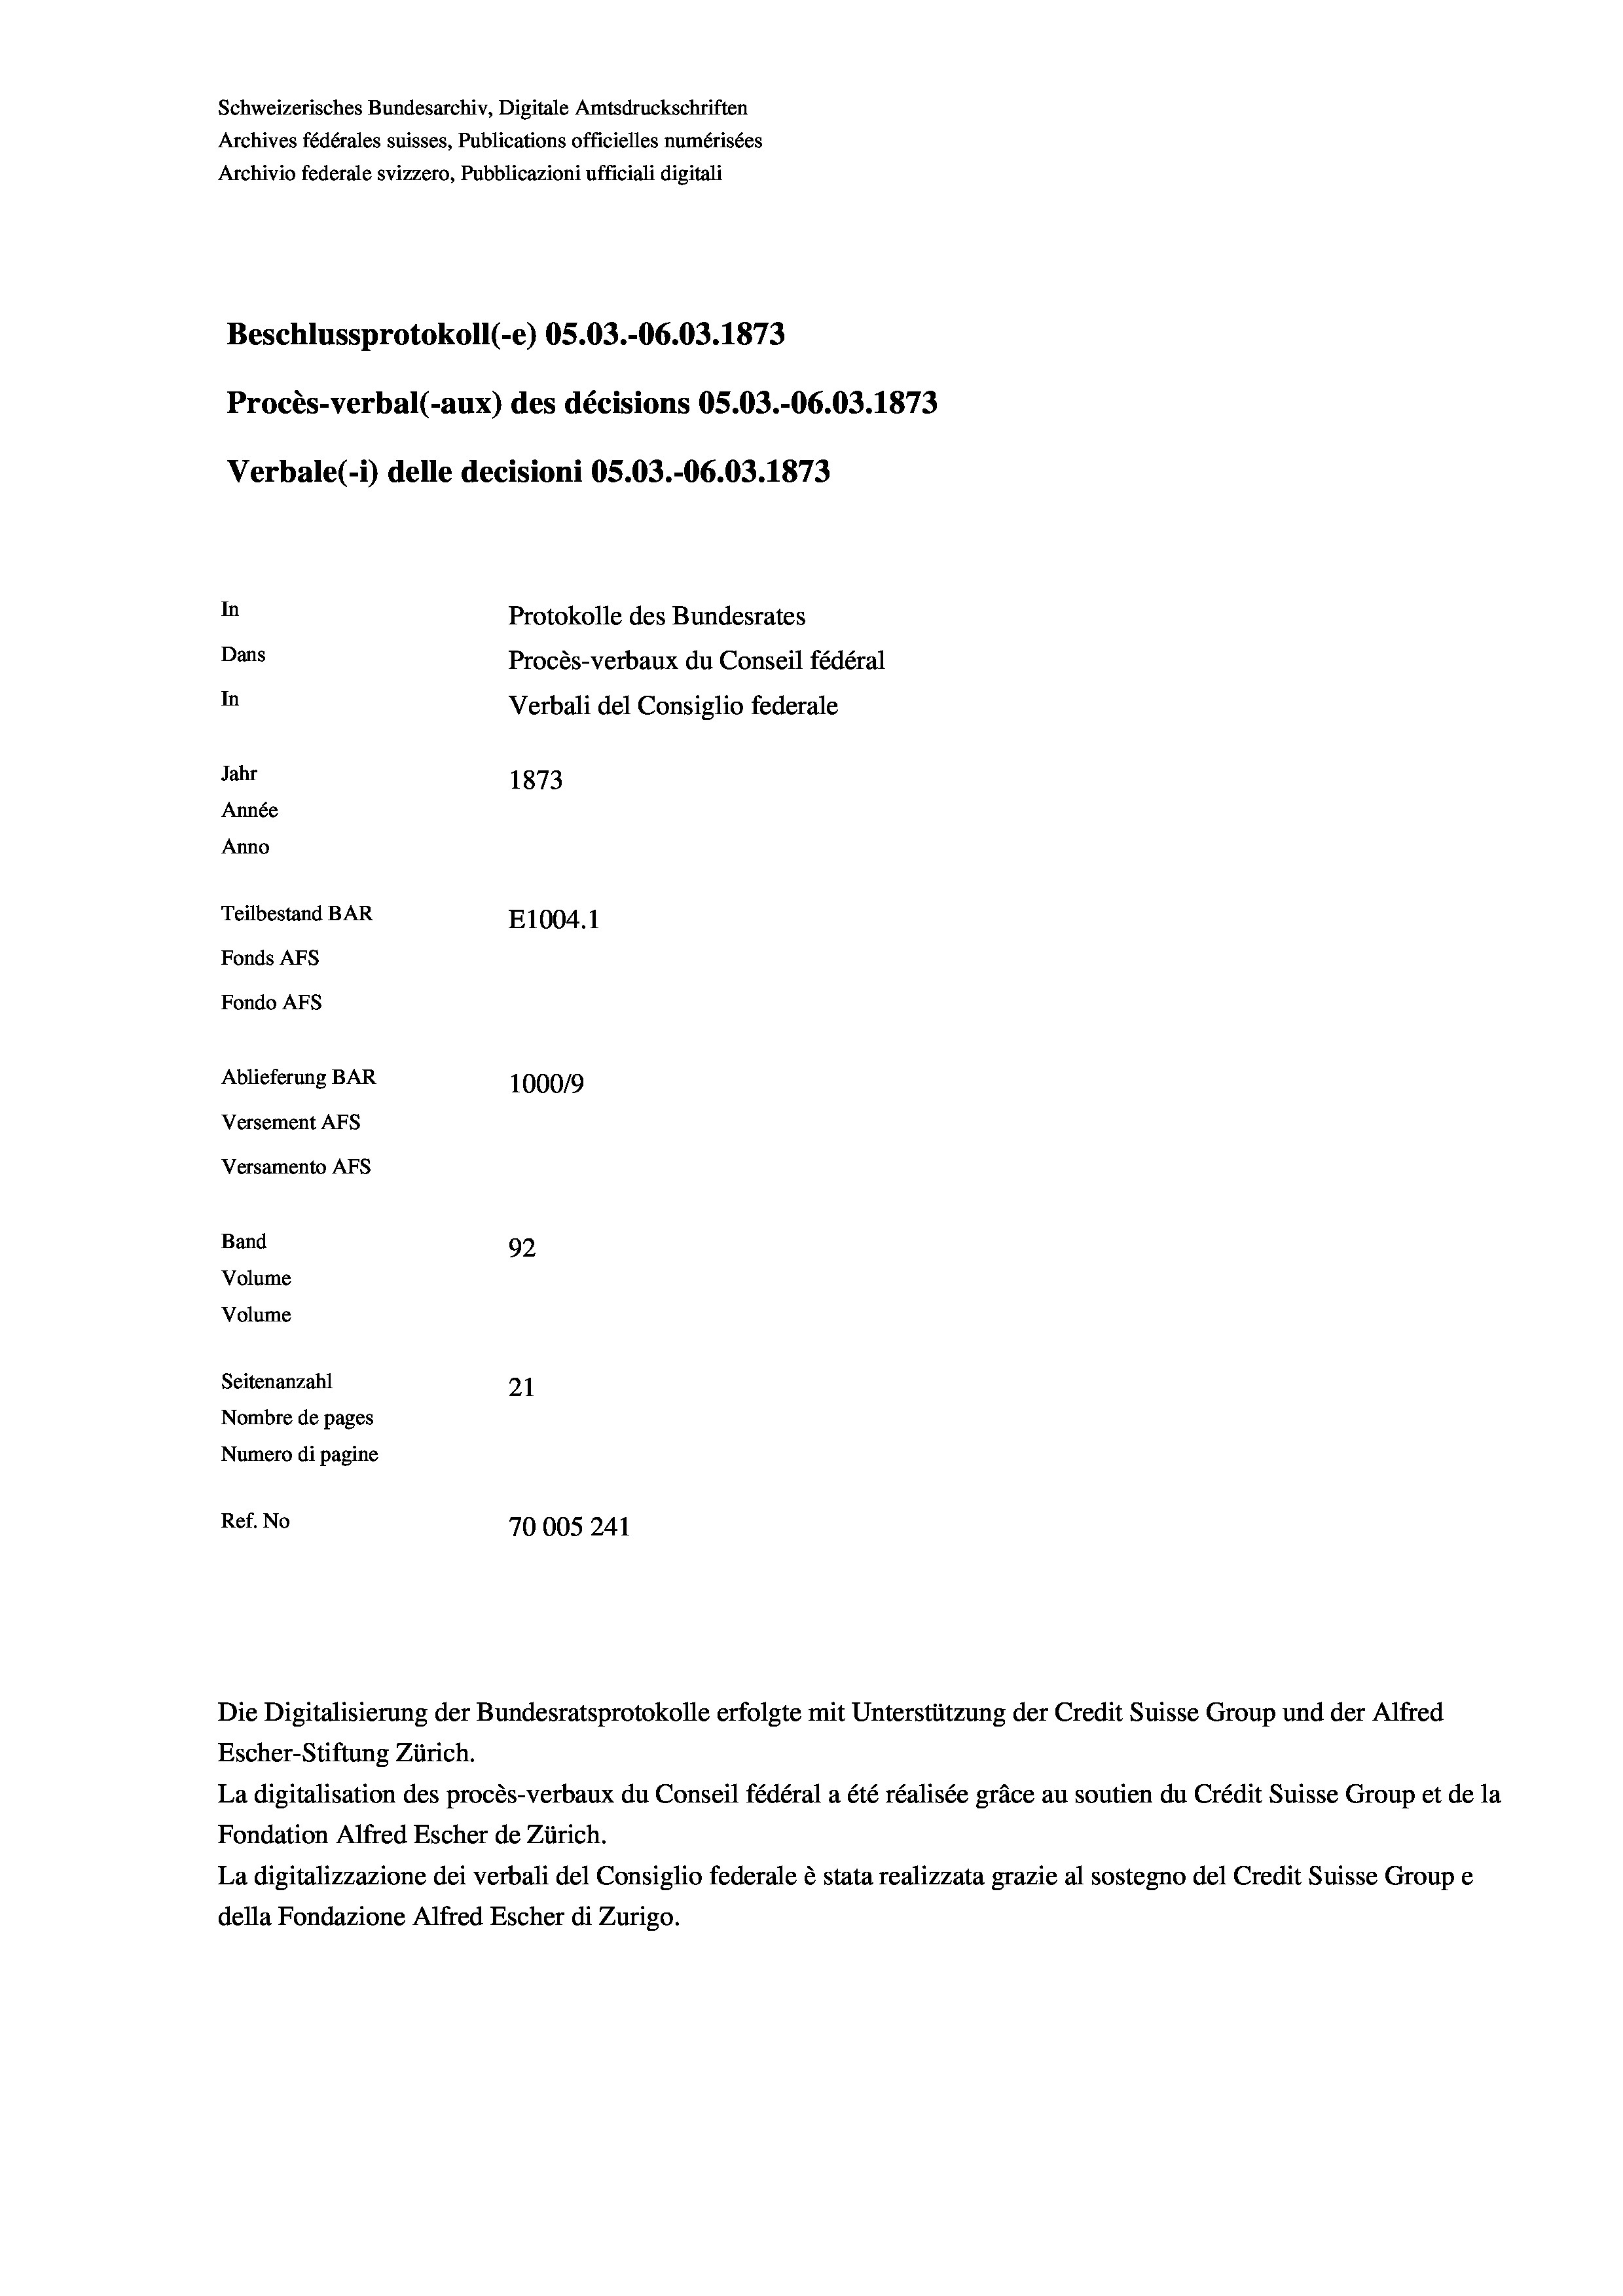
Schweizerisches Bundesarchiv, Digitale Amtsdruckschriften
Archives fédérales suisses, Publications officielles numérisées
Archivio federale svizzero, Pubblicazioni ufficiali digitali
Beschlussprotokoll (e) OS.03.-06.03. 1873
Procès-verbal (-aux) des décisions OS.03.-06.03. 1873
Verbale (i) delle decisioni OS.03.-O6.03. 1873
In
Protokolle des Bundesrates
Dans
Procès-verbaux du Conseil fédéral
In
Verbali del Consiglio federale
Jahr
1873
Année
Anno
Teilbestand BAR
E1004. 1
Fonds Afs
Fondo AFS
Ablieferung BAR
100019
Versement AFs
Versamento AFs
Band
92
Volume
Volume
Seitenanzahl
21
Nombre de pages
Numero di pagine
Ref. No
70005 241

Escher-Stiftung Zürich.
La digitalisation des procès-verbaux du Conseil fédéral a été réalisée gräce au soutien du Crédit Suisse Group et de la
Fondation Alfred Escher de Zürich.
La digitalizzazione dei verbali del Consiglio federale è stata realizzata grazie al sostegno del Credit Suisse Groupe
della Fondazione Alfred Escher di Zurigo.

Die Digitalisierung der Bundesratsprotokolle erfolgte mit Unterstützung der Credit Suisse Group und der Alfred